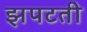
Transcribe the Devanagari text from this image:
झपटती